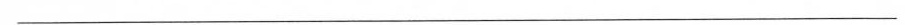
___